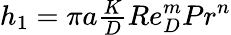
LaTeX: \begin{array}{r}{h_{1}=\pi a\frac{K}{D}{Re}_{D}^{m}{Pr}^{n}}\end{array}